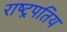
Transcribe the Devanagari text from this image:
राष्ट्रपतिय